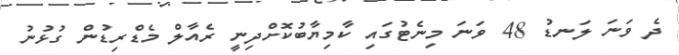
ދެ ވަނަ ލަނޑު 48 ވަނަ މިނެޓުގައި ކާމިޔާބުކޮށްދިނީ ރެއާލް މެޑްރިޑުން ގުޅުނު